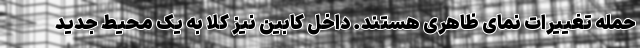
حمله تغییرات نمای ظاهری هستند. داخل کابین نیز کلا به یک محیط جدید